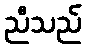
ညီသည်